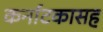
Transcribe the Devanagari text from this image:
कर्नाटकासह